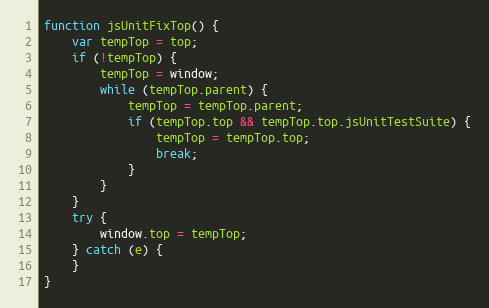
Language: JavaScript
function jsUnitFixTop() {
    var tempTop = top;
    if (!tempTop) {
        tempTop = window;
        while (tempTop.parent) {
            tempTop = tempTop.parent;
            if (tempTop.top && tempTop.top.jsUnitTestSuite) {
                tempTop = tempTop.top;
                break;
            }
        }
    }
    try {
        window.top = tempTop;
    } catch (e) {
    }
}